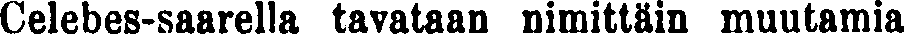
Celebes-saarella tavataan nimittäin muutamia